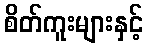
စိတ်ကူးများနှင့်